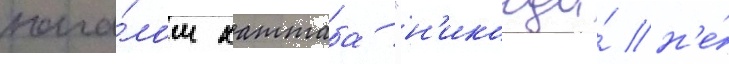
нача́лом хаттаба "н'икогда́ н'е́